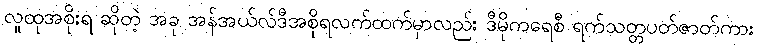
လူထုအစိုးရ ဆိုတဲ့ အခု အန်အယ်လ်ဒီအစိုရလက်ထက်မှာလည်း ဒီမိုကရေစီ ရက်သတ္တပတ်ဇာတ်ကား